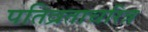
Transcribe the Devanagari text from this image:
पतिव्रताचरित्र